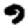
Digit: 9